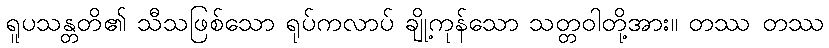
ရူပသန္တတိ၏ သီသဖြစ်သော ရုပ်ကလာပ် ချို့ကုန်သော သတ္တဝါတို့အား။ တဿ တဿ